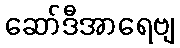
ဆော်ဒီအာရေဗျ